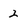
Character: 2